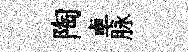
陶卓脉